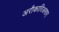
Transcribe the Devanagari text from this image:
अरौकारिअसाए